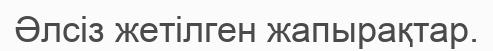
Əлсіз жетілген жапырақтар.